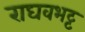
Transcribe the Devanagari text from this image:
राघवभट्ट